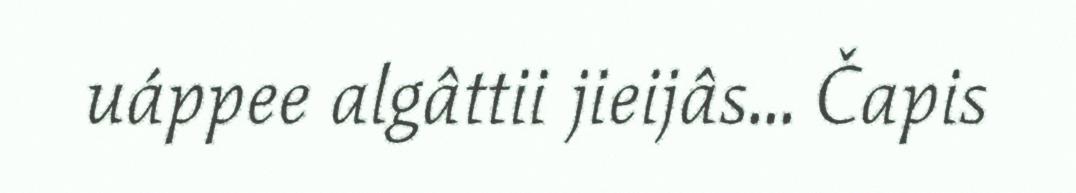
uáppee algâttii jieijâs... Čapis